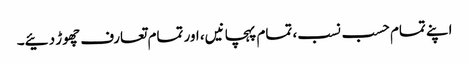
اپنے تمام حسب نسب، تمام پہچانیں، اور تمام تعارف چھوڑ دئیے۔